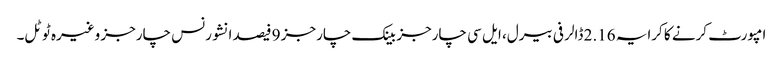
امپورٹ کرنے کا کرایہ 2.16 ڈالر فی بیرل، ایل سی چارجز بینک چارجز 9 فیصد انشورنس چارجز وغیرہ ٹوٹل۔